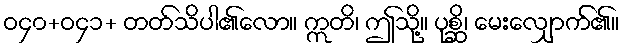
ဝ၄၀+ဝ၄၁+ တတ်သိပါ၏လော။ ဣတိ၊ ဤသို့။ ပုစ္ဆိ၊ မေးလျှောက်၏။